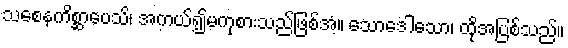
သစေနကိစ္ဆာပေသိ၊ အကယ်၍မကုစားသည်ဖြစ်အံ့။ သောဒေါသော၊ ထိုအပြစ်သည်။